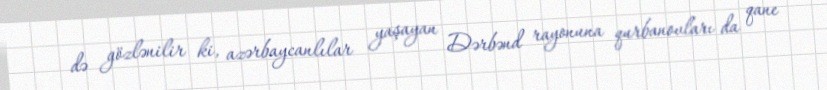
də gözlənilir ki, azərbaycanlılar yaşayan Dərbənd rayonuna qurbanovları da qane